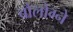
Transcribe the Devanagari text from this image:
बौलोग्ने